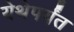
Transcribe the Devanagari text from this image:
येथेपर्यंत